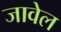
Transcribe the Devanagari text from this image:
जावेल